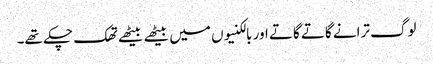
لوگ ترانے گاتے گاتے اور بالکنیوں میں بیٹھے بیٹھے تھک چکے تھے۔